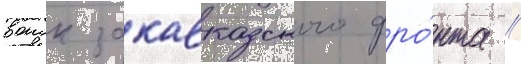
воиск закавказского фро́нта //